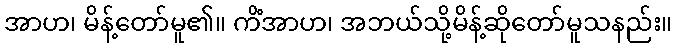
အာဟ၊ မိန့်တော်မူ၏။ ကိံအာဟ၊ အဘယ်သို့မိန့်ဆိုတော်မူသနည်း။